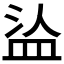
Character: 𰤹